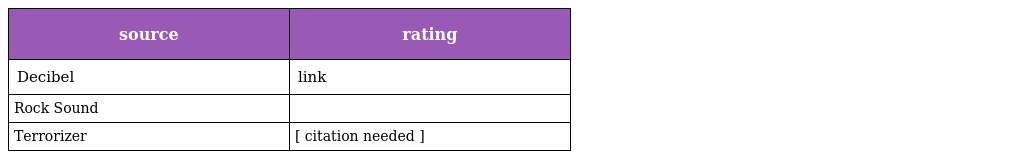
| source | rating |
 | --- | --- |
 | Decibel | link |
 | Rock Sound |  |
 | Terrorizer | [ citation needed ] |